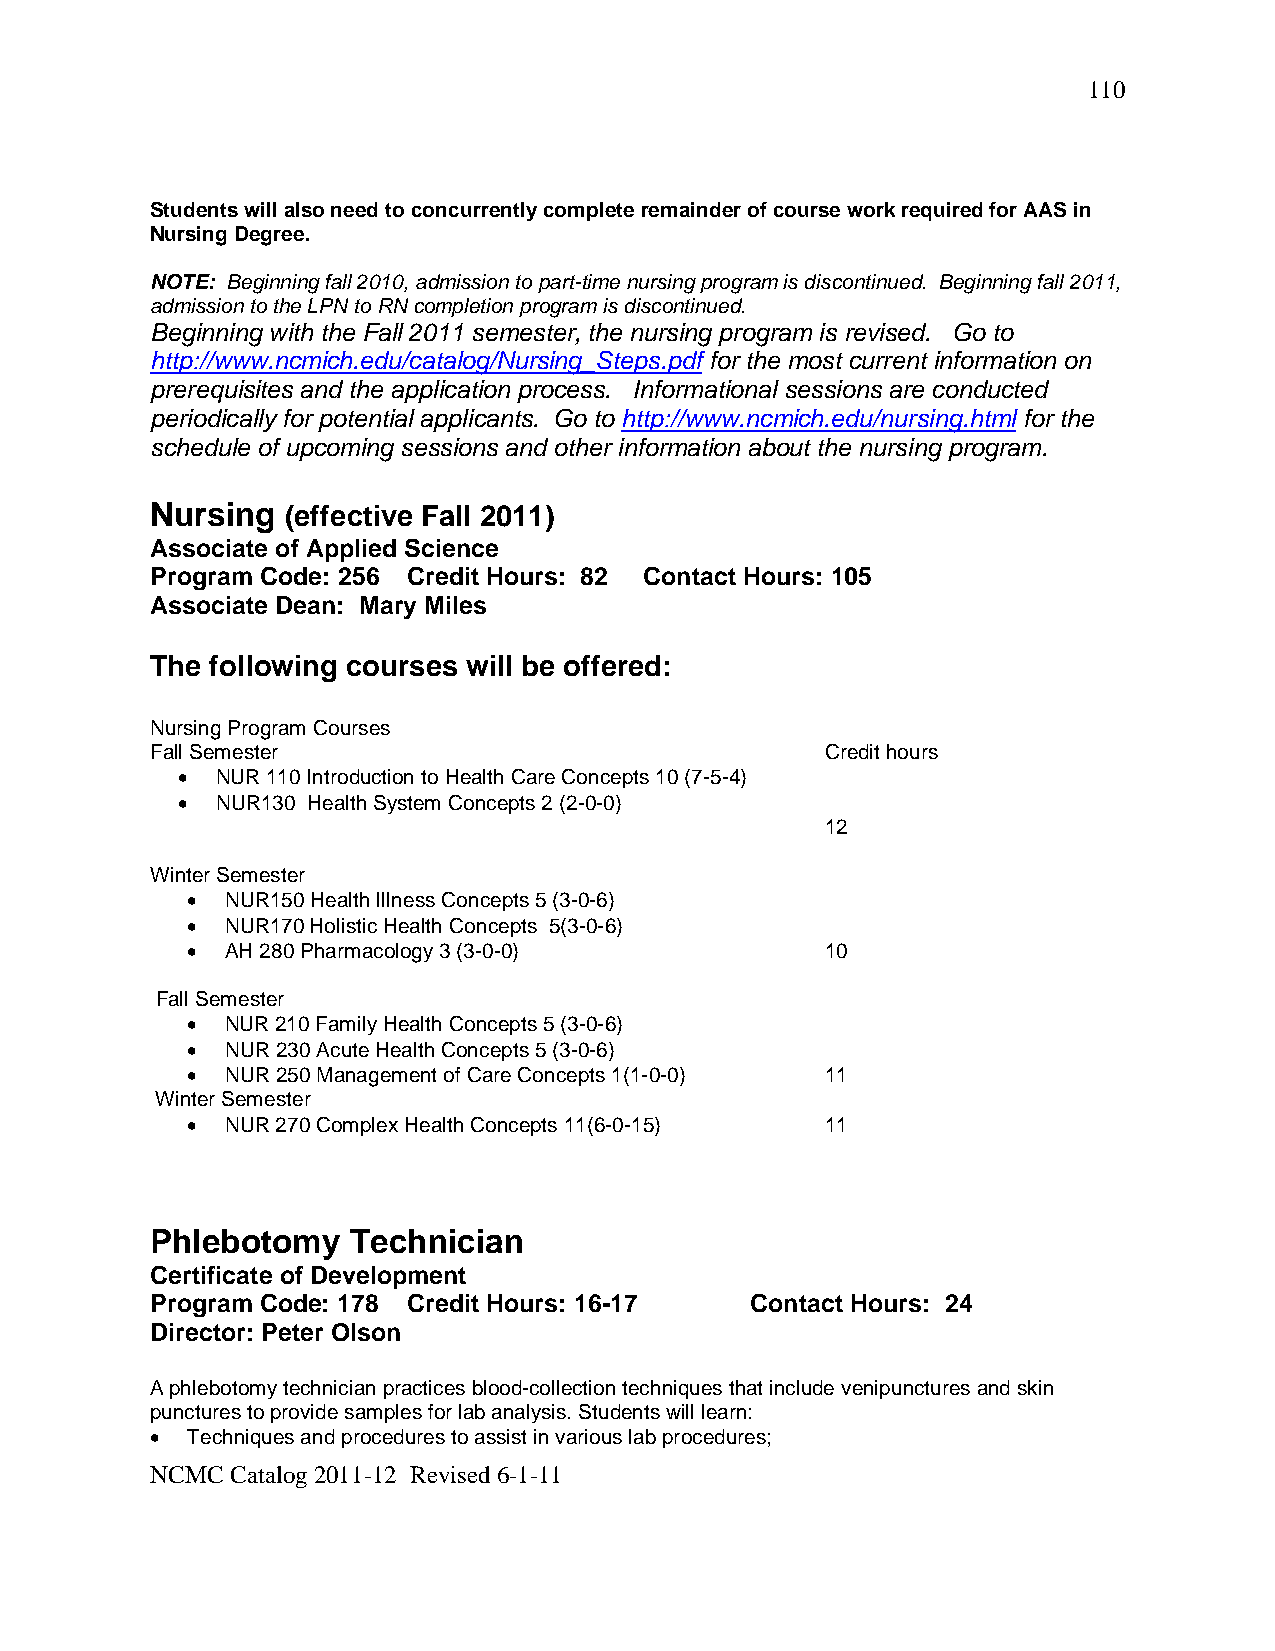
110
 Students will also need to concurrently complete remainder of course work required for AAS in
 Nursing Degree.
 NOTE: Beginning fall 2010, admission to part-time nursing program is discontinued. Beginning fall 2011,
 admission to the LPN to RN completion program is discontinued.
 Beginning with the Fall 2011 semester, the nursing program is revised. Go to
 http://www.ncmich.edu/catalog/Nursing_Steps.pdf for the most current information on
 prerequisites and the application process. Informational sessions are conducted
 periodically for potential applicants. Go to http://www.ncmich.edu/nursing.html for the
 schedule of upcoming sessions and other information about the nursing program.
 Nursing  (effective Fall 2011)
 Associate of Applied Science
 Program Code: 256 Credit Hours: 82 Contact Hours: 105
 Associate Dean: Mary Miles
 The following courses will be offered:
 Nursing Program Courses
 Fall Semester                                Credit hours
 • NUR 110 Introduction to Health Care Concepts 10 (7-5-4)
 • NUR130 Health System Concepts 2 (2-0-0)
 12
 Winter Semester
 •  NUR150 Health Illness Concepts 5 (3-0-6)
 •  NUR170 Holistic Health Concepts 5(3-0-6)
 •  AH 280 Pharmacology 3 (3-0-0)           10
 Fall Semester
 •  NUR 210 Family Health Concepts 5 (3-0-6)
 •  NUR 230 Acute Health Concepts 5 (3-0-6)
 •  NUR 250 Management of Care Concepts 1(1-0-0) 11
 Winter Semester
 •  NUR 270 Complex Health Concepts 11(6-0-15) 11
 Phlebotomy   Technician
 Certificate of Development
 Program Code: 178 Credit Hours: 16-17   Contact Hours: 24
 Director: Peter Olson
 A phlebotomy technician practices blood-collection techniques that include venipunctures and skin
 punctures to provide samples for lab analysis. Students will learn:
 • Techniques and procedures to assist in various lab procedures;
 NCMC Catalog 2011-12 Revised 6-1-11